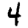
Digit: 4